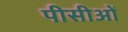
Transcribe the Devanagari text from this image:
पीसीओं